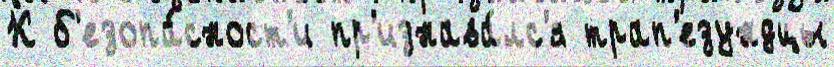
К б'езопа́сност'и пр'изнава́лс'я трап'езундцы